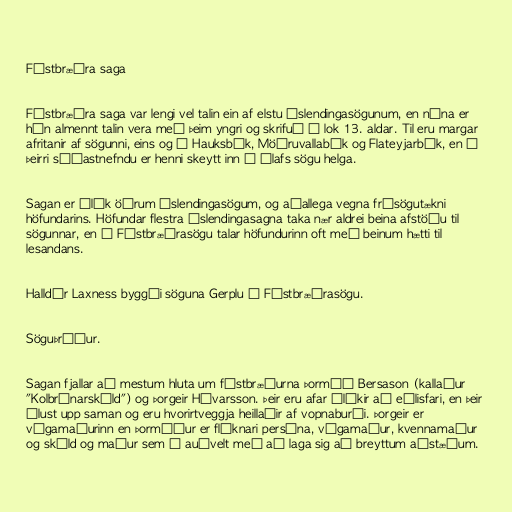
Fóstbræðra saga

Fóstbræðra saga var lengi vel talin ein af elstu Íslendingasögunum, en núna er
hún almennt talin vera með þeim yngri og skrifuð í lok 13. aldar. Til eru margar
afritanir af sögunni, eins og í Hauksbók, Möðruvallabók og Flateyjarbók, en í
þeirri síðastnefndu er henni skeytt inn í Ólafs sögu helga.

Sagan er ólík öðrum Íslendingasögum, og aðallega vegna frásögutækni
höfundarins. Höfundar flestra Íslendingasagna taka nær aldrei beina afstöðu til
sögunnar, en í Fóstbræðrasögu talar höfundurinn oft með beinum hætti til
lesandans.

Halldór Laxness byggði söguna Gerplu á Fóstbræðrasögu.

Söguþráður.

Sagan fjallar að mestum hluta um fóstbræðurna Þormóð Bersason (kallaður
"Kolbrúnarskáld") og Þorgeir Hávarsson. Þeir eru afar ólíkir að eðlisfari, en þeir
ólust upp saman og eru hvorirtveggja heillaðir af vopnaburði. Þorgeir er
vígamaðurinn en Þormóður er flóknari persóna, vígamaður, kvennamaður
og skáld og maður sem á auðvelt með að laga sig að breyttum aðstæðum.